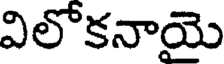
విలోకనాయె